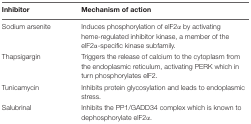
| Inhibitor | Mechanism of action |
 | --- | --- |
 | Sodium arsenite | Induces phosphorylation of elF2α by activating heme-regulated inhibitor kinase, a member of the elF2α-specific kinase subfamily. |
 | Thapsigargin | Triggers the release of calcium to the cytoplasm from the endoplasmic reticulum, activating PERK which in turn phosphorylates elF2. |
 | Tunicamycin | Inhibits protein glycosylation and leads to endoplasmic stress. |
 | Salubrinal | Inhibits the PP1/GADD34 complex which is known to dephosphorylate elF2α. |